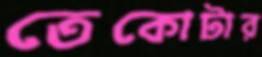
তেকোটার